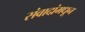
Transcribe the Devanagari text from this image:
संवादांमधून